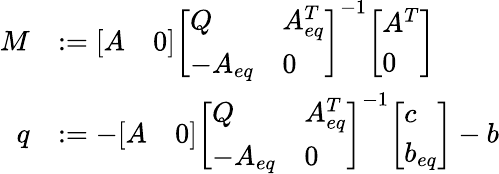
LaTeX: {\begin{array}{rl}{M}&{:={\left[\begin{array}{ll}{A}&{0}\end{array}\right]}{\left[\begin{array}{ll}{Q}&{A_{eq}^{T}}\\ {-A_{eq}}&{0}\end{array}\right]}^{-1}{\left[\begin{array}{l}{A^{T}}\\ {0}\end{array}\right]}}\\ {q}&{:=-{\left[\begin{array}{ll}{A}&{0}\end{array}\right]}{\left[\begin{array}{ll}{Q}&{A_{eq}^{T}}\\ {-A_{eq}}&{0}\end{array}\right]}^{-1}{\left[\begin{array}{l}{c}\\ {b_{eq}}\end{array}\right]}-b}\end{array}}